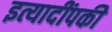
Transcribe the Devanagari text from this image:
इत्यादींपकी